Report on the treatment of epidemic cholera: from information collected by the governments of Bengal, Madras, Bombay, N.W. Provinces, Punjab, Oudh, and Central India, by order of the Government of India
Disease focus: Cholera
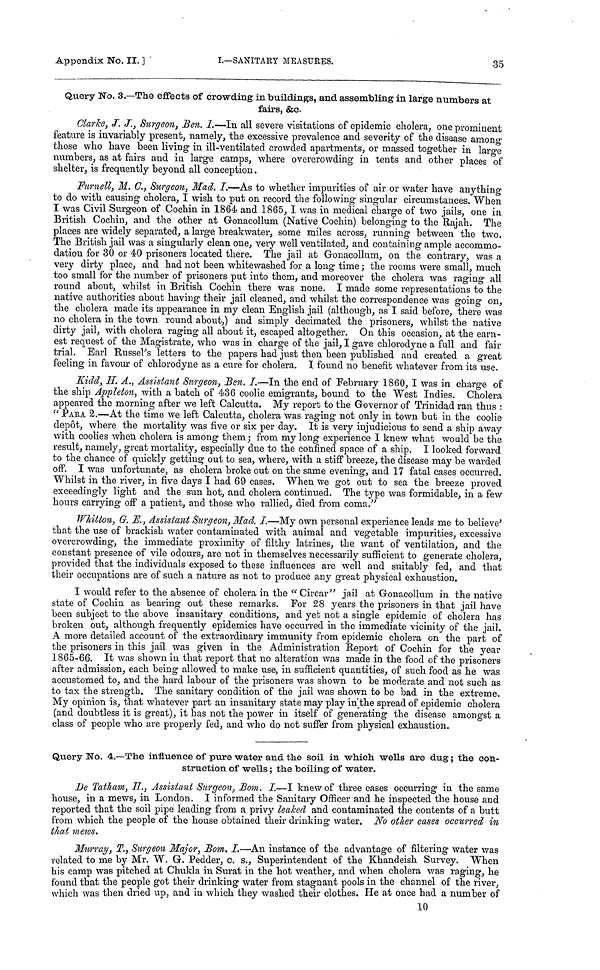
Appendix No. II. ]
I.—SANITARY
MEASURES.
35
Query No. 3.—The effects of crowding in buildings, and assembling in large numbers at
fairs, &c.
Clarke, J. J., Surgeon, Ben. I.—In all severe visitations of epidemic cholera, one prominent
feature is invariably present, namely, the excessive prevalence and severity of the disease among
those who have been living in ill-ventilated crowded apartments, or massed together in large
numbers, as at fairs and in large camps, where overcrowding in tents and other places of
shelter, is frequently beyond all conception.
Fnrnett, M. C., Surgeon, Mad, I.—As to whether impurities of air or water have anything
to do with causing cholera, I wish to put on record the following singular circumstances. When
I was Civil Surgeon of Cochin in 1864 and 1865, I was in medical charge of two jails, one in
British Cochin, and the other at Gonacollum (Native Cochin) belonging to the Rajah. The
places are widely separated, a large breakwater, some miles across, running between the two.
The British jail was a singularly clean one, very well ventilated, and containing ample accommo-
dation for 30 or 40 prisoners located there. The jail at Gonacollum, on the contrary, was a
very dirty place, and had not been whitewashed for a long time ; the rooms were small, much
too small for the number of prisoners put into them, and moreover the cholera was raging all
round about, whilst in British Cochin there was none. I made some representations to the
native authorities about having their jail cleaned, and whilst the correspondence was going on,
the cholera made its appearance in my clean English jail (although, as I said before, there was
no cholera in the town round about,) and simply decimated the prisoners, whilst the native
dirty jail, with cholera raging all about it, escaped altogether. On this occasion, at the earn-
est request of the Magistrate, who was in charge of the jail, I gave chlorodyne a full and fail-
trial. Earl Russel's letters to the papers had just then been published and created a great
feeling in favour of chlorodyne as a cure for cholera. I found no benefit whatever from its use.
Kidd, Η. Α., Assistant Surgeon, Ben. I.—In the end of February 1860, I was in charge of
the ship Appleton, with a batch of 436 coolie emigrants, bound to the West Indies. Cholera
appeared the morning after we left Calcutta. My report to the Governor of Trinidad ran thus :
"PARA 2.—At the time we left Calcutta, cholera was raging not only in town but in the coolie
depot, where the mortality was five or six per day. It is very injudicious to send a ship away
with coolies when cholera is among them; from my long experience I knew what would be the
result, namely, great mortality, especially due to the confined space of a ship, I looked forward
to the chance of quickly getting out to sea, where, with a stiff breeze, the disease may be warded
off. I was unfortunate, as cholera broke out on the same evening, and 17 fatal cases occurred.
Whilst in the river, in five days I had 69 cases. When we got out to sea the breeze proved
exceedingly light and the sun hot, and cholera continued. The type was formidable, in a few
hours carrying off a patient, and those who rallied, died from coma."
Whitton, G. E., Assistant Surgeon, Mad. I.—My own personal experience leads me to believe
that the use of brackish water contaminated with animal and vegetable impurities, excessive
overcrowding, the immediate proximity of filthy latrines, the want of ventilation, and the
constant presence of vile odours, are not in themselves necessarily sufficient to generate cholera,
provided that the individuals exposed to these influences are well and suitably fed, and that
their occupations are of such a nature as not to produce any great physical exhaustion.
I would refer to the absence of cholera in the "Circar" jail at Gonacollum in the native
state of Cochin as bearing out these remarks. For 28 years the prisoners in that jail have
been subject to the above insanitary conditions, and yet not a single epidemic of cholera has
broken out, although frequently epidemics have occurred in the immediate vicinity of the jail.
A more detailed account of the extraordinary immunity from epidemic cholera on the part of
the prisoners in this jail was given in the Administration Report of Cochin for the year
1865-66. It was shown in that report that no alteration was made in the food of the prisoners
after admission, each being allowed to make use, in sufficient quantities, of such food as he was
accustomed to, and the hard labour of the prisoners was shown to be moderate and not such as
to tax the strength. The sanitary condition of the jail was shown to be bad in the extreme.
My opinion is, that whatever part an insanitary state may play in the spread of epidemic cholera
(and doubtless it is great), it has not the power in itself of generating the disease amongst a
class of people who are properly fed, and who do not suffer from physical exhaustion.
Query No. 4.—The influence of pure water and the soil in which wells are dug; the con-
struction of wells ; the boiling of water.
De Tatham, H., Assistant Surgeon, Bom. I.—I knew of three cases occurring in the same
house, in a mews, in London. I informed the Sanitary Officer and he inspected the house and
reported that the soil pipe leading from a privy leaked and contaminated the contents of a butt
from which the people of the house obtained their drinking water. No other cases occurred in
that mews.
Murray, T., Surgeon Major, Bom. I.—An instance of the advantage of filtering water was
related to me by Mr. W. G. Pedder, c. s., Superintendent of the Khandeish Survey. When
his camp was pitched at Chukla in Surat in the hot weather, and when cholera was raging, he
found that the people got their drinking water from stagnant pools in the channel of the river,
which was then dried up, and in which they washed their clothes. He at once had a number of
10